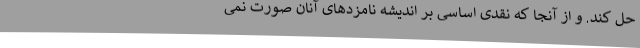
حل کند. و از آنجا که نقدی اساسی بر اندیشه‌ نامزدهای آنان صورت نمی